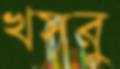
খসরু